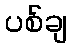
ပစ်ချ